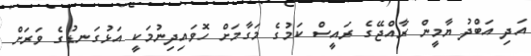
އަދި އަބްދު ޔާމީން ރާއްޖޭގެ ރައީސް ކަމުގެ މަގާމަށް ހޮވައިދިނުމަކީ އަޅުގަނޑުގެ ވަރަށް